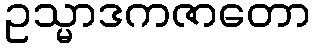
ဥသ္မာဒကဇာတော